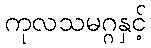
ကုလသမဂ္ဂနှင့်